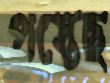
পস্তেছ